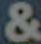
&